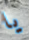
يا